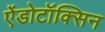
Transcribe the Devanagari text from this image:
ऐंडोटॉक्सिन